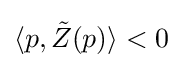
\langle p,{\tilde {Z}}(p)\rangle <0